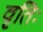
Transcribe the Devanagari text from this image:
वृतिः